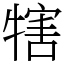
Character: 犗